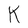
Character: K